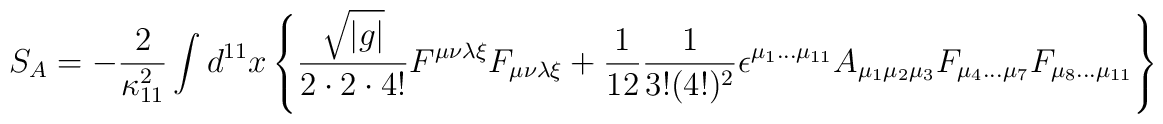
S_A=-\frac{2}{\kappa_{11}^2}\int d^{11}x  \left\{\frac{\sqrt{|g|}}{2\cdot 2\cdot 4!}F^{\mu\nu\lambda\xi}F_{\mu\nu\lambda\xi} +\frac{1}{12}\frac{1}{3!(4!)^2}\epsilon^{\mu_1\ldots \mu_{11}}A_{\mu_1\mu_2\mu_3}F_{\mu_4\ldots \mu_7}F_{\mu_8\ldots \mu_{11}}\right\}